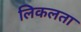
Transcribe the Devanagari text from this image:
लिकलता